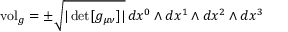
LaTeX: \mathrm { v o l } _ { g } = \pm { \sqrt { | \operatorname* { d e t } [ g _ { \mu \nu } ] | } } \, d x ^ { 0 } \wedge d x ^ { 1 } \wedge d x ^ { 2 } \wedge d x ^ { 3 }